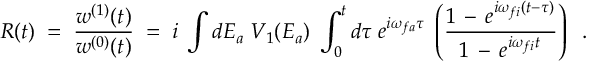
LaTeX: R ( t ) \; = \; \frac { w ^ { ( 1 ) } ( t ) } { w ^ { ( 0 ) } ( t ) } \; = \; i \; \int d E _ { a } \; V _ { 1 } ( E _ { a } ) \; \int _ { 0 } ^ { t } d \tau \; e ^ { i \omega _ { f a } \tau } \; \left( \frac { 1 \, - \, e ^ { i \omega _ { f i } ( t - \tau ) } } { 1 \, - \, e ^ { i \omega _ { f i } t } } \right) \; \; .